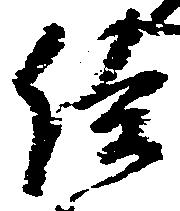
給